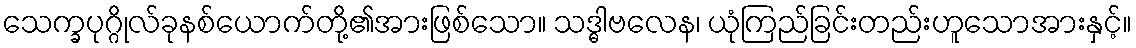
သေက္ခပုဂ္ဂိုလ်ခုနစ်ယောက်တို့၏အားဖြစ်သော။ သဒ္ဓါဗလေန၊ ယုံကြည်ခြင်းတည်းဟူသောအားနှင့်။